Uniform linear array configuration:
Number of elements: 24
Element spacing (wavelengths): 0.5
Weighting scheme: blackman
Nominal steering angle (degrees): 0
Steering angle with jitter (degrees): -0.959
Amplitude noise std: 0.05
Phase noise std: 0.05

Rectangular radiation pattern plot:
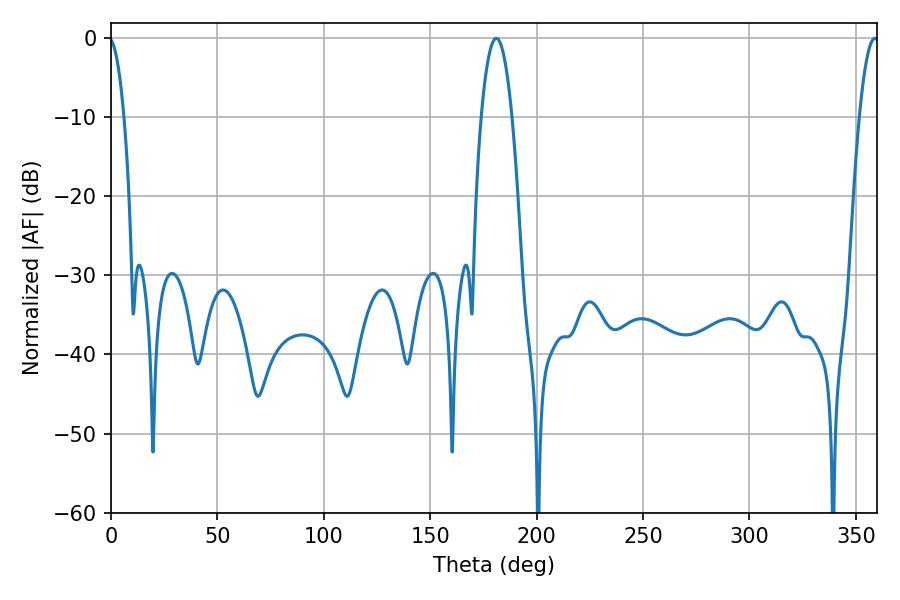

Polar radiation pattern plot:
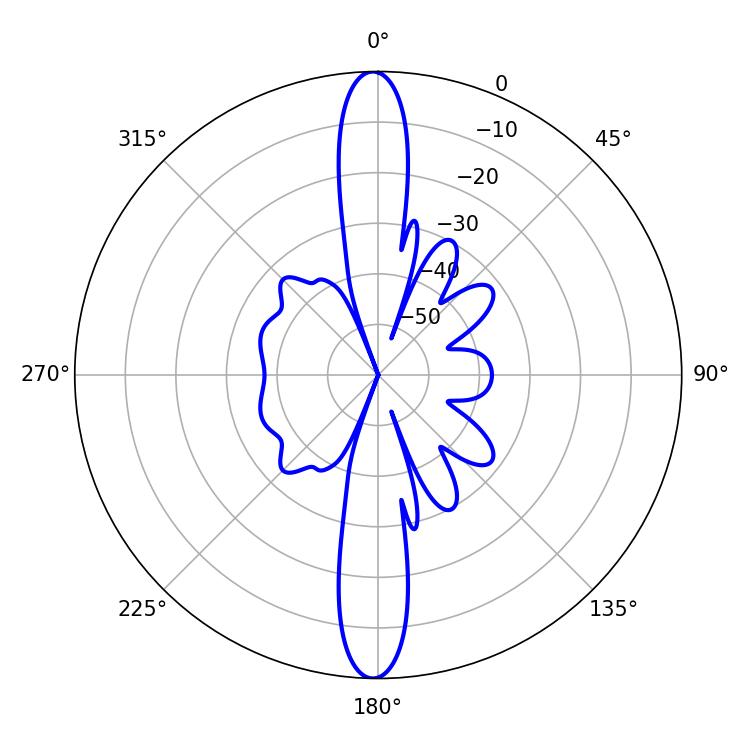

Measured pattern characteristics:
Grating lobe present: FALSE
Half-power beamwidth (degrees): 7.92
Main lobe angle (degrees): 181.08